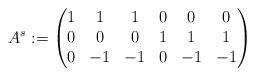
LaTeX: \begin{align*}A^s := \left(\begin{matrix}1 & 1 & 1 & 0 & 0 & 0\\0 & 0 & 0 & 1 & 1 & 1\\0 & -1 & -1 & 0 & -1 & -1\end{matrix} \right)\end{align*}